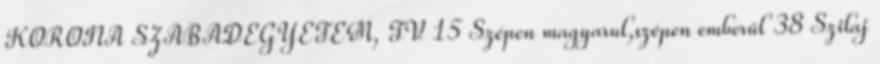
KORONA SZABADEGYETEM, TV 15 Szépen magyarul,szépen emberül 38 Szilaj